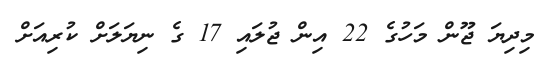
މިދިޔަ ޖޫން މަހުގެ 22 އިން ޖުލައި 17 ގެ ނިޔަލަށް ކުރިއަށް